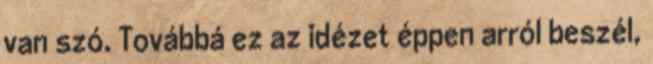
van szó. Továbbá ez az idézet éppen arról beszél,